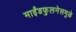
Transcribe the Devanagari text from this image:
माईंडफुलनेसमुळे